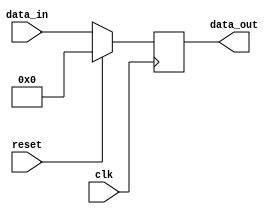
module synchronous_reset_example (
    input wire clk,          // Clock signal
    input wire reset,        // Synchronous reset signal
    input wire [7:0] data_in, // Example data input
    output reg [7:0] data_out // Example data output
);

// Behavioral logic with synchronous reset
always @(posedge clk) begin
    if (reset) begin
        // Reset output to zero or predefined initial state
        data_out <= 8'b0; // Reset output to zero
    end else begin
        // Normal operation: update output based on input
        data_out <= data_in; // Example operation: pass input to output
    end
end

endmodule